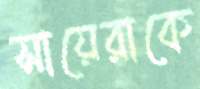
সায়েরাকে